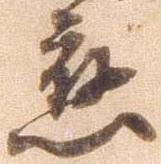
応